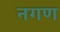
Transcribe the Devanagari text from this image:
नगण